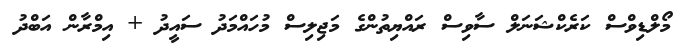
މޯލްޑިވްސް ކަރެކްޝަނަލް ސާވިސް ރައްޔިތުންގެ މަޖިލިސް މުހައްމަދު ސައީދު + އިމްރާން އަބްދު